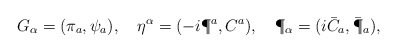
\begin{align*}G_\alpha=(\pi_a,\psi_a),\quad\eta^\alpha=(-i\P^a,C^a),\quad \P_\alpha=(i\bar C_a, \bar \P_a),\end{align*}